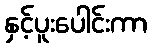
နှင့်ပူးပေါင်းကာ